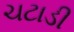
ચટાડી